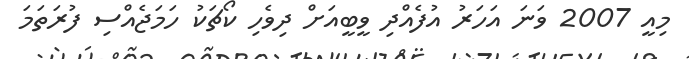
މިއީ 2007 ވަނަ އަހަރު އުފެއްދި ވީބީއަށް ދިވެހި ކޯޗަކު ހަމަޖެއްސި ފުރަތަމަ